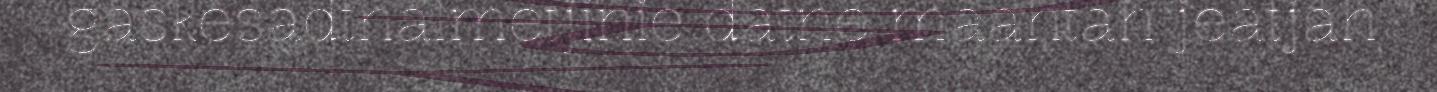
gaskesadthalmetjinie datne maahtah jeatjah